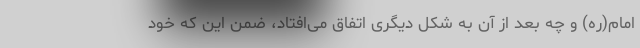
امام(ره) و چه بعد از آن به شکل دیگری اتفاق می‌افتاد، ضمن این که خود